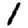
Digit: 1